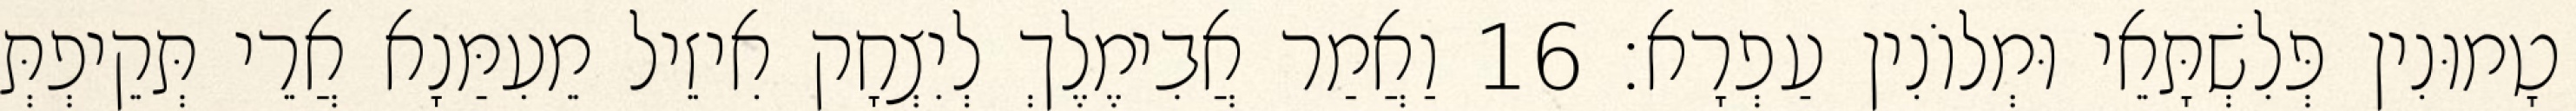
טָמוּנִין פְּלִשְׁתָּאֵי וּמְלוֹנִין עַפְרָא׃ 16 וַאֲמַר אֲבִימֶלֶךְ לְיִצְחָק אִיזֵיל מֵעִמַּנָא אֲרֵי תְּקֵיפְתְּ